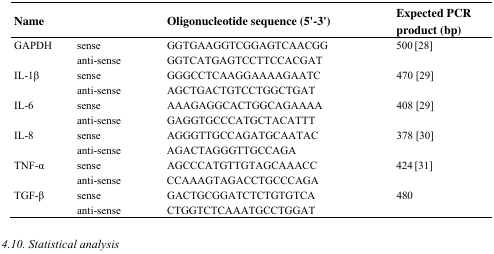
| Name |  | Oligonucleotide sequence (5′–3′) | Expected PCR product (bp) |
 | --- | --- | --- | --- |
 | GAPDH | sense | GGTGAAGGTCGGAGTCAACGG | 500[28] |
 |  | anti-sense | GGTCATGAGTCCTTCCACGAT |  |
 | IL-1β | sense | GGGCCTCAAGGAAAAGAATC | 470 [29] |
 |  | anti-sense | AGCTGACTGTCCTGGCTGAT |  |
 | IL-6 | sense | AAAGAGGCACTGGCAGAAAA | 408 [29] |
 |  | anti-sense | GAGGTGCCCATGCTACATTT |  |
 | IL-8 | sense | AGGGTTGCCAGATGCAATAC | 378 [30] |
 |  | anti-sense | AGACTAGGGTTGCCAGA |  |
 | TNF-α | sense | AGCCCATGTTGTAGCAAACC | 424 [31] |
 |  | anti-sense | CCAAAGTAGACCTGCCCAGA |  |
 | TGF-β | sense | GACTGCGGATCTCTGTGTCA | 480 |
 |  | anti-sense | CTGGTCTCAAATGCCTGGAT |  |